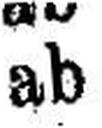
ab